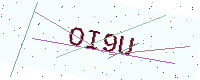
Text: OI9U